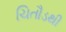
ચિતૌડથી